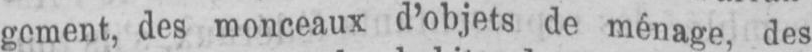
des monceaux d’objets de ménage, des